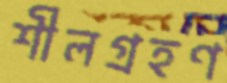
শীলগ্রহণ